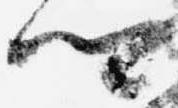
卿